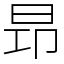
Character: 昻